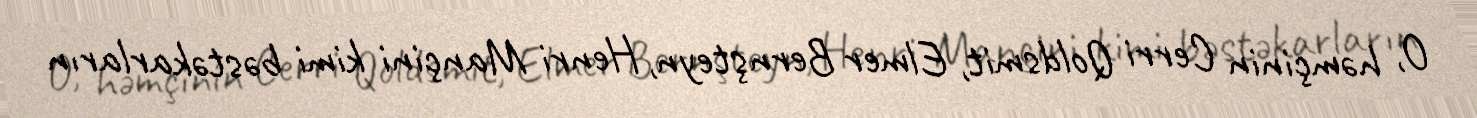
O, həmçinin Cerri Qoldsmit, Elmer Bernşteyn, Henri Mançini kimi bəstəkarların